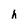
Character: h